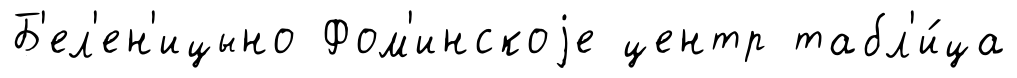
Б'ел'ен'ицыно Фом'инскоjе центр табл'и́ца